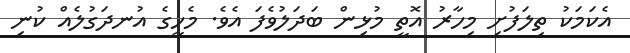
އެކަމަކު ތިލަފުށި މިހާރު އޮތީ މުޅިން ބަދަލުވެފަ އެވެ. މެހީގެ އުނދަގުލެއް ކުނި